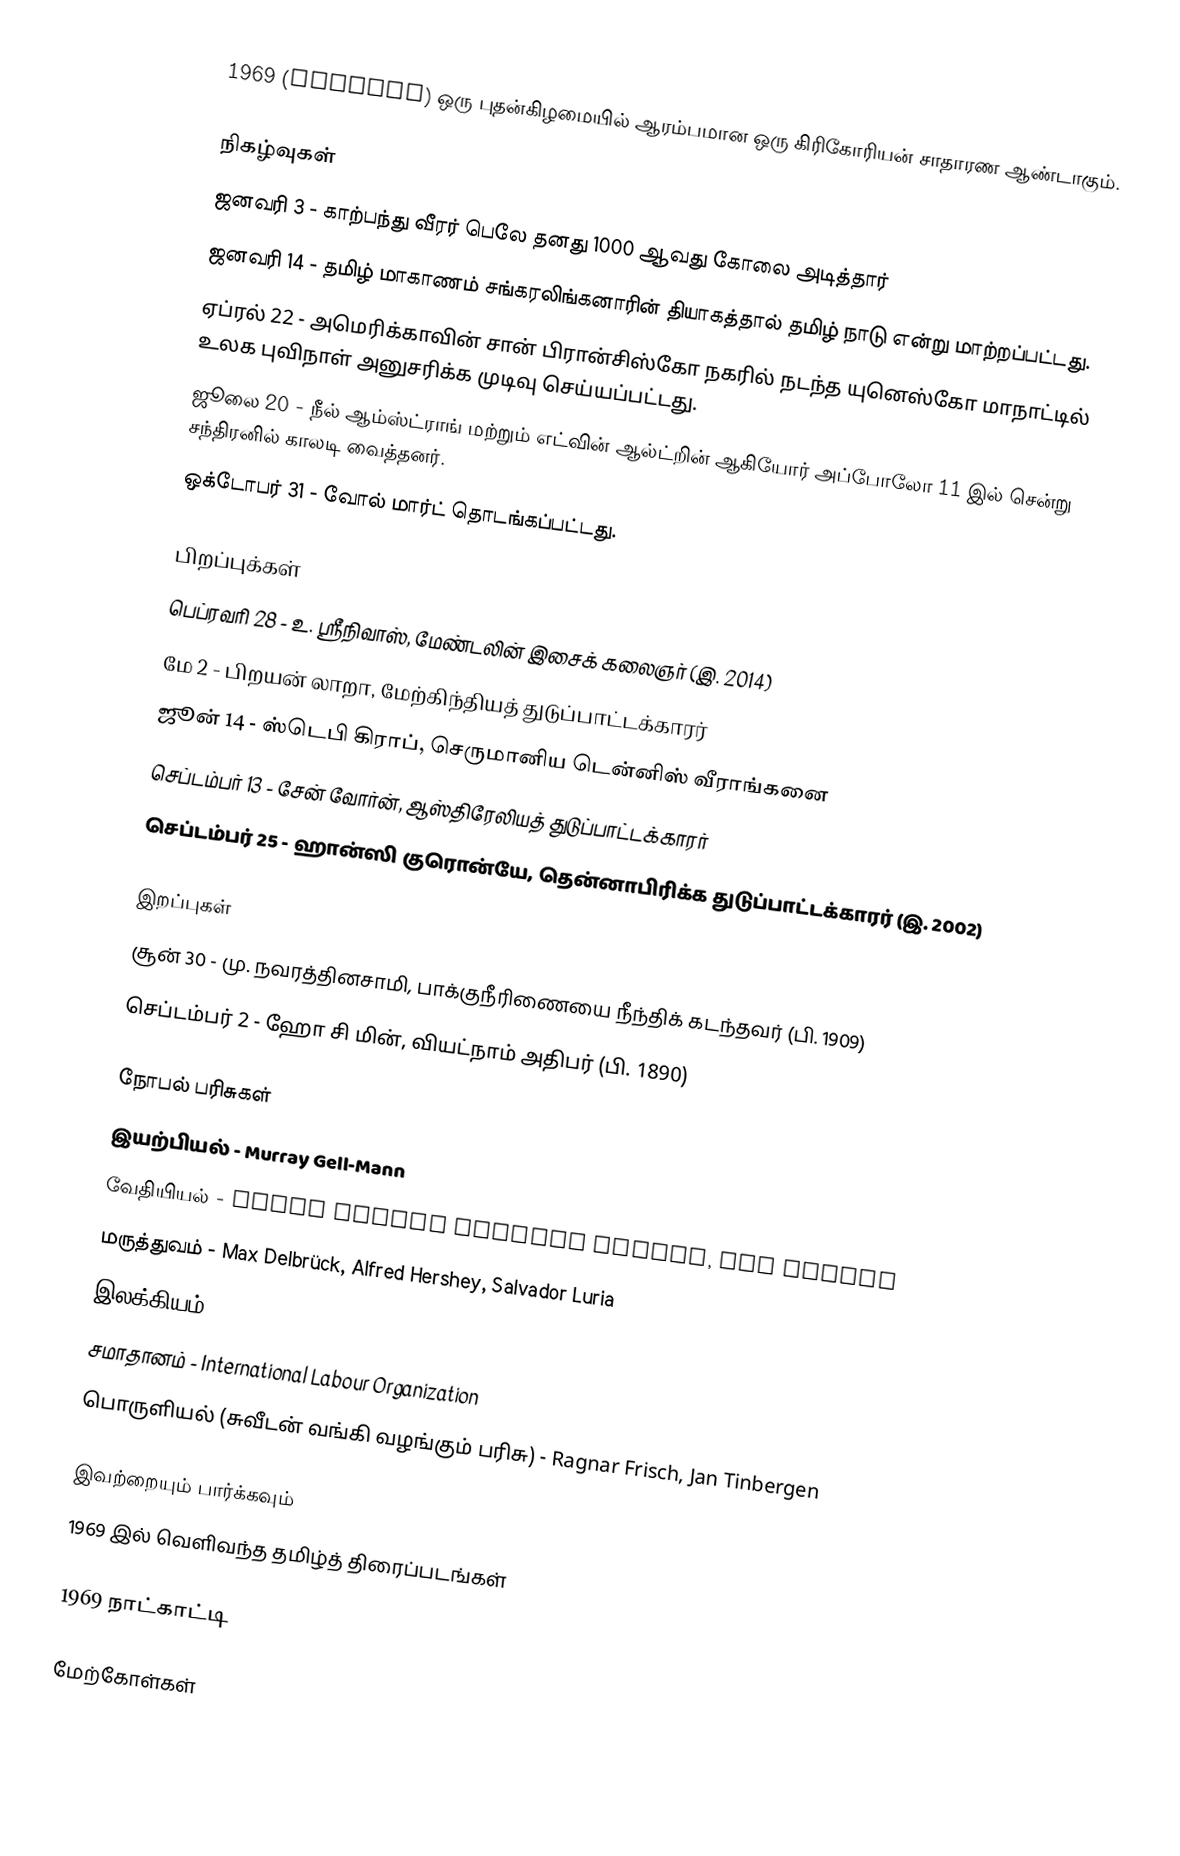
1969  (MCMLXIX) ஒரு புதன்கிழமையில் ஆரம்பமான ஒரு கிரிகோரியன் சாதாரண ஆண்டாகும்.

நிகழ்வுகள்
 ஜனவரி 3 - காற்பந்து வீரர் பெலே தனது 1000 ஆவது கோலை அடித்தார்
 ஜனவரி 14 - தமிழ் மாகாணம் சங்கரலிங்கனாரின் தியாகத்தால் தமிழ் நாடு என்று மாற்றப்பட்டது.
 ஏப்ரல் 22 - அமெரிக்காவின் சான் பிரான்சிஸ்கோ நகரில் நடந்த யுனெஸ்கோ மாநாட்டில் உலக புவிநாள் அனுசரிக்க முடிவு செய்யப்பட்டது.
 ஜூலை 20 - நீல் ஆம்ஸ்ட்ராங் மற்றும் எட்வின் ஆல்ட்றின் ஆகியோர் அப்போலோ 11 இல் சென்று சந்திரனில் காலடி வைத்தனர்.
 ஒக்டோபர் 31 - வோல் மார்ட் தொடங்கப்பட்டது.

பிறப்புக்கள்
 பெப்ரவரி 28 - உ. ஸ்ரீநிவாஸ், மேண்டலின் இசைக் கலைஞர் (இ. 2014)
 மே 2 - பிறயன் லாறா, மேற்கிந்தியத் துடுப்பாட்டக்காரர்
 ஜூன் 14 - ஸ்டெபி கிராப், செருமானிய டென்னிஸ் வீராங்கனை
 செப்டம்பர் 13 - சேன் வோர்ன், ஆஸ்திரேலியத் துடுப்பாட்டக்காரர்
 செப்டம்பர் 25 - ஹான்ஸி குரொன்யே, தென்னாபிரிக்க துடுப்பாட்டக்காரர் (இ. 2002)

இறப்புகள்
 சூன் 30 - மு. நவரத்தினசாமி, பாக்குநீரிணையை நீந்திக் கடந்தவர் (பி. 1909)
 செப்டம்பர் 2 - ஹோ சி மின், வியட்நாம் அதிபர் (பி. 1890)

நோபல் பரிசுகள்
 இயற்பியல் -  Murray Gell-Mann
 வேதியியல் - Derek Harold Richard Barton, Odd Hassel
 மருத்துவம் - Max Delbrück, Alfred Hershey, Salvador Luria
 இலக்கியம் - Samuel Beckett
 சமாதானம் - International Labour Organization
 பொருளியல் (சுவீடன் வங்கி வழங்கும் பரிசு) - Ragnar Frisch, Jan Tinbergen

இவற்றையும் பார்க்கவும்
 1969 இல் வெளிவந்த தமிழ்த் திரைப்படங்கள்

1969 நாட்காட்டி

மேற்கோள்கள்